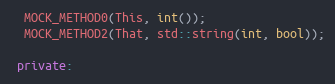
Language: C++
  MOCK_METHOD0(This, int());
  MOCK_METHOD2(That, std::string(int, bool));

 private: